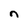
Character: n